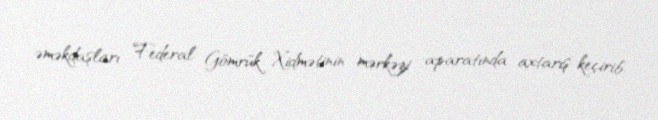
əməkdaşları Federal Gömrük Xidmətinin mərkəzi aparatında axtarış keçirib.